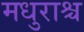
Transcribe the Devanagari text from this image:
मधुराश्च